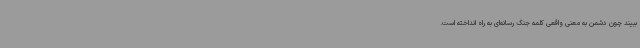
ببیند چون دشمن به معنی واقعی کلمه جنگ رسانه‌ای به راه انداخته است.